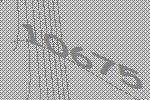
10675